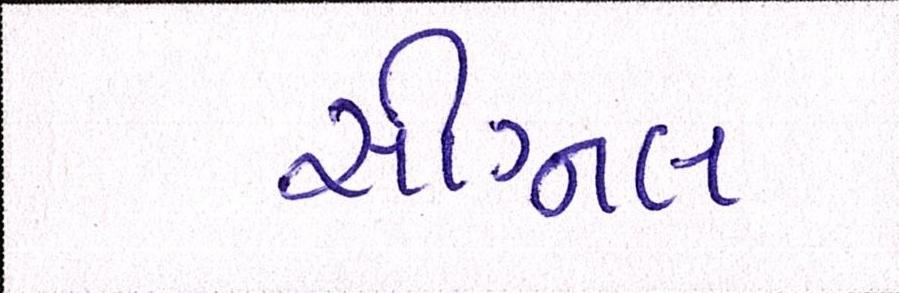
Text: સીગ્નલ